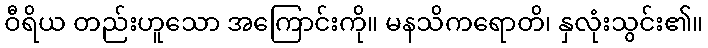
ဝီရိယ တည်းဟူသော အကြောင်းကို။ မနသိကရောတိ၊ နှလုံးသွင်း၏။